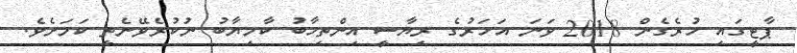
ޕާޓީގައި ހުރެގެން 2018 ވަނަ އަހަރުގެ ރިޔާސީ އިިންތިހާބު ކާމިޔާބު ނުކުރެވޭނެތީ ކަމަށެވެ.